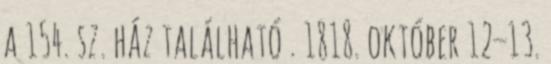
a 154. sz. ház található . 1818. október 12–13.